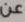
عن